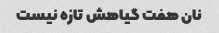
نان هفت گیاهش تازه نیست